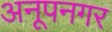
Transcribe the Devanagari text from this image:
अनूपनगर